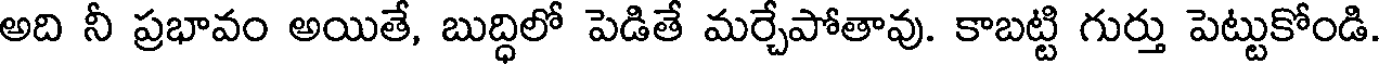
అది నీ ప్రభావం అయితే, బుద్ధిలో పెడితే మర్చేపోతావు. కాబట్టి గుర్తు పెట్టుకోండి